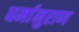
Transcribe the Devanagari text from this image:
धर्मानुराण